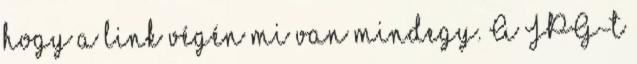
hogy a link végén mi van mindegy. A JPG-t